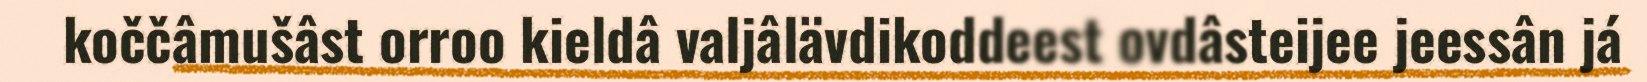
koččâmušâst orroo kieldâ valjâlävdikoddeest ovdâsteijee jeessân já